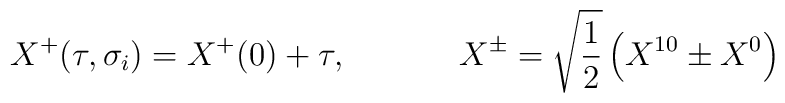
X^{+}(\tau ,\sigma _{i})=X^{+}(0)+\tau,\,\,\,\,\,\,\,\,\,\,\,\,\,\,\,\,\,\,\,\,X^{\pm }=\sqrt{\frac{1}{2}}\left(X^{10}\pm X^{0}\right)